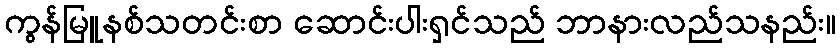
ကွန်မြူနစ်သတင်းစာ ဆောင်းပါးရှင်သည် ဘာနားလည်သနည်း။